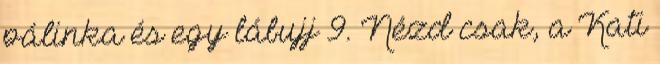
pálinka és egy lábujj 9. Nézd csak, a Kati